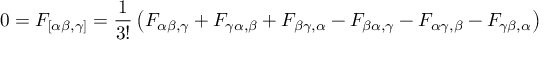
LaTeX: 0 = F _ { [ \alpha \beta , \gamma ] } = { \frac { 1 } { 3 ! } } \left( F _ { \alpha \beta , \gamma } + F _ { \gamma \alpha , \beta } + F _ { \beta \gamma , \alpha } - F _ { \beta \alpha , \gamma } - F _ { \alpha \gamma , \beta } - F _ { \gamma \beta , \alpha } \right)